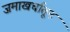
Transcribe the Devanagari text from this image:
जमाखर्चातून